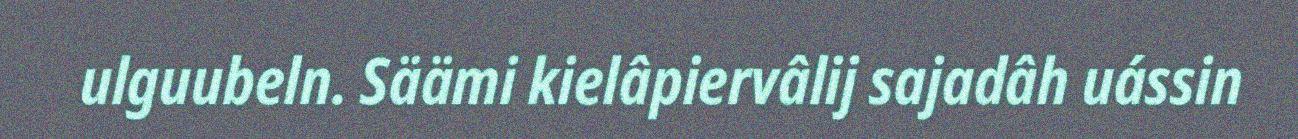
ulguubeln. Säämi kielâpiervâlij sajadâh uássin